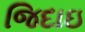
જિદાઇ